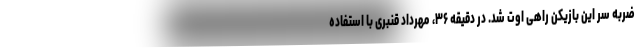
ضربه سر این بازیکن راهی اوت شد. در دقیقه ۳۶، مهرداد قنبری با استفاده